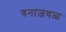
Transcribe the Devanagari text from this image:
वनाजवळ